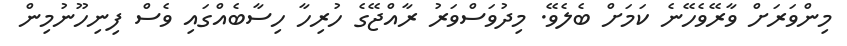
މިންވަރަށް ވާރޭވެހޭނެ ކަމަށް ބެލެވޭ. މިދުވަސްވަރު ރާއްޖޭގެ ހުރިހާ ހިސާބެއްގައި ވެސް ފިނިހޫނުމިން